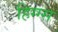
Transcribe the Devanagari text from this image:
हिग्ग्स